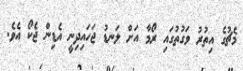
މެޗުގެ އިތުރު ވަގުތުގައި ރޯމާ އަށް ލަނޑު ޖަހައިދިނީ އެޑިން ޖެކޯ އެވެ.